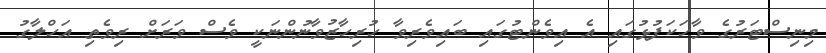
މިނިސްޓަރުގެ ވާހަކަފުޅުގައި އެ އިވެންޓުގައި ބައިވެރިވާ ހުރިހާޒުވާނުންނަކީ ވެސް ވަރަށް ރިވެތި އަހްލާގު